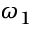
\omega _ { 1 }